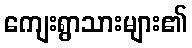
ကျေးရွာသားများ၏